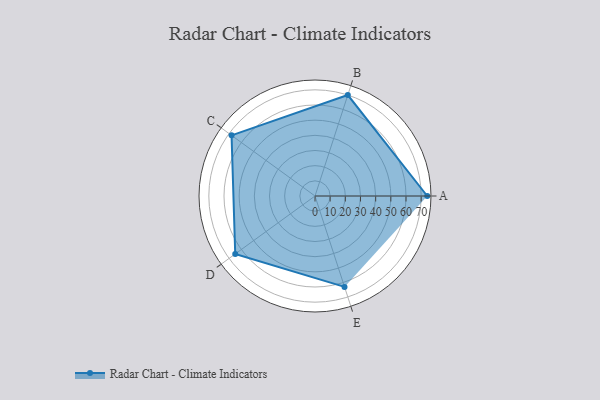
{"axis": {"x": "Skill", "y": "Score"}, "legend": ["Profile"], "data": [{"x": "A", "y": 74.0, "type": "Profile"}, {"x": "B", "y": 70.0, "type": "Profile"}, {"x": "C", "y": 68.0, "type": "Profile"}, {"x": "D", "y": 65.0, "type": "Profile"}, {"x": "E", "y": 63.0, "type": "Profile"}]}